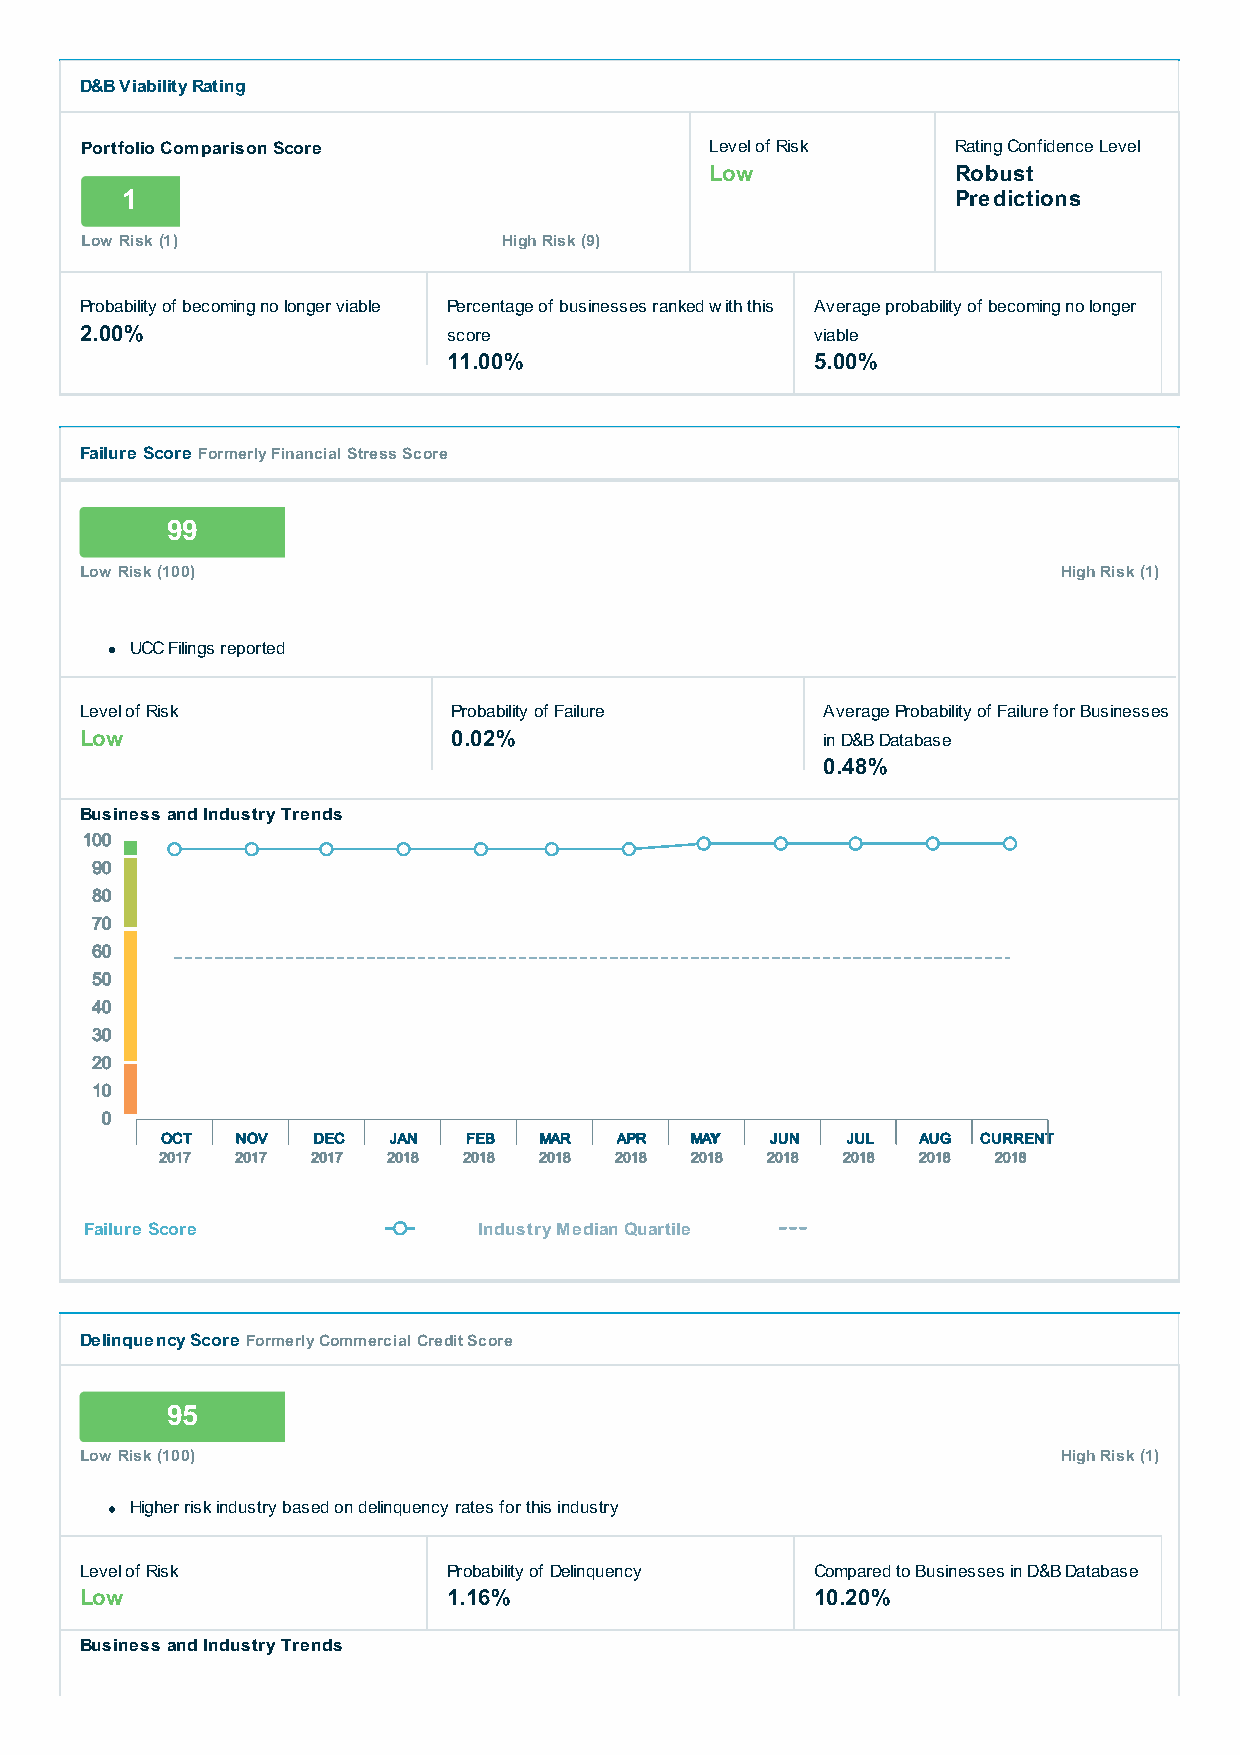
D&B Viability Rating
 Portfolio Comparison Score                Level of Risk   Rating Confidence Level
 Low             Robust
 1                                                      Predictions
 Low Risk (1)                High Risk (9)
 Probability of becoming no longer viable Percentage of businesses ranked with this Average probability of becoming no longer
 2.00%                    score                   viable
 11.00%                  5.00%
 Failure Score Formerly Financial Stress Score
 99
 Low Risk (100)                                                   High Risk (1)
 UCC Filings reported
 Level of Risk            Probability of Failure  Average Probability of Failure for Businesses
 Low                      0.02%                   in D&B Database
 0.48%
 Business and Industry Trends
 100
 90
 80
 70
 60
 50
 40
 30
 20
 10
 0
 OCT  NOV  DEC  JAN  FEB  MAR  APR  MAY  JUN  JUL  AUG CURRENT
 2017 2017 2017 2018 2018 2018 2018 2018 2018 2018 2018 2018
 Failure Score             Industry Median Quartile
 Delinquency Score Formerly Commercial Credit Score
 95
 Low Risk (100)                                                   High Risk (1)
 Higher risk industry based on delinquency rates for this industry
 Level of Risk            Probability of Delinquency Compared to Businesses in D&B Database
 Low                      1.16%                   10.20%
 Business and Industry Trends